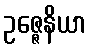
ဥဇ္ဇေနိယာ